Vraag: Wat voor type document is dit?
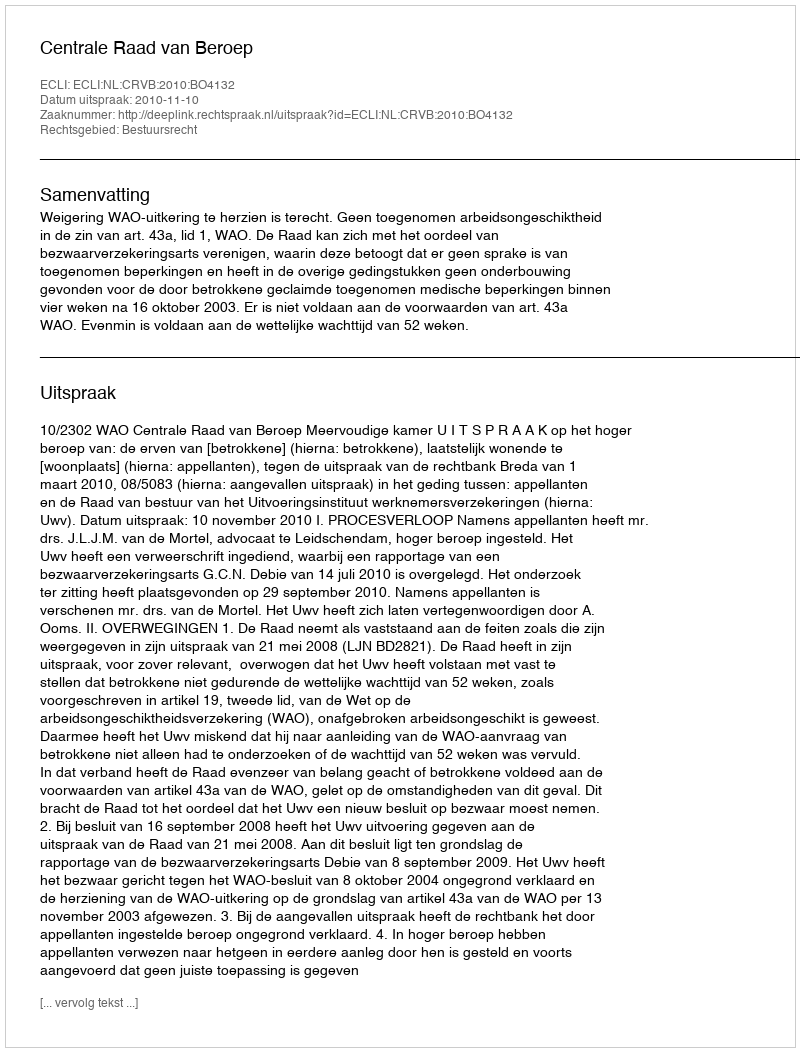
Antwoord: Uitspraak